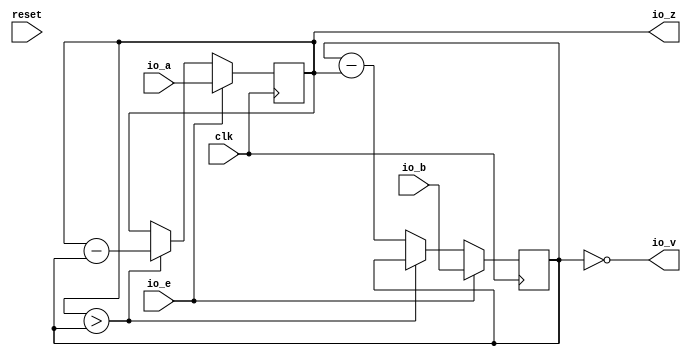
module GCD(
  input         clk,
  input         reset,
  input  [15:0] io_a,
  input  [15:0] io_b,
  input         io_e,
  output [15:0] io_z,
  output        io_v
);
`ifdef RANDOMIZE_REG_INIT
  reg [31:0] _RAND_0;
  reg [31:0] _RAND_1;
`endif // RANDOMIZE_REG_INIT
  reg [15:0] x;
  reg [15:0] y;
  wire  T_7 = x > y;
  wire [15:0] T_9 = x - y;
  wire  T_12 = ~T_7;
  wire [15:0] T_14 = y - x;
  assign io_z = x;
  assign io_v = y == 16'h0;
  always @(posedge clk) begin
    if (io_e) begin
      x <= io_a;
    end else if (T_7) begin
      x <= T_9;
    end
    if (io_e) begin
      y <= io_b;
    end else if (T_12) begin
      y <= T_14;
    end
  end
// Register and memory initialization
`ifdef RANDOMIZE_GARBAGE_ASSIGN
`define RANDOMIZE
`endif
`ifdef RANDOMIZE_INVALID_ASSIGN
`define RANDOMIZE
`endif
`ifdef RANDOMIZE_REG_INIT
`define RANDOMIZE
`endif
`ifdef RANDOMIZE_MEM_INIT
`define RANDOMIZE
`endif
`ifndef RANDOM
`define RANDOM $random
`endif
`ifdef RANDOMIZE_MEM_INIT
  integer initvar;
`endif
`ifndef SYNTHESIS
`ifdef FIRRTL_BEFORE_INITIAL
`FIRRTL_BEFORE_INITIAL
`endif
initial begin
  `ifdef RANDOMIZE
    `ifdef INIT_RANDOM
      `INIT_RANDOM
    `endif
    `ifndef VERILATOR
      `ifdef RANDOMIZE_DELAY
        #`RANDOMIZE_DELAY begin end
      `else
        #0.002 begin end
      `endif
    `endif
`ifdef RANDOMIZE_REG_INIT
  _RAND_0 = {1{`RANDOM}};
  x = _RAND_0[15:0];
  _RAND_1 = {1{`RANDOM}};
  y = _RAND_1[15:0];
`endif // RANDOMIZE_REG_INIT
  `endif // RANDOMIZE
end // initial
`ifdef FIRRTL_AFTER_INITIAL
`FIRRTL_AFTER_INITIAL
`endif
`endif // SYNTHESIS
endmodule